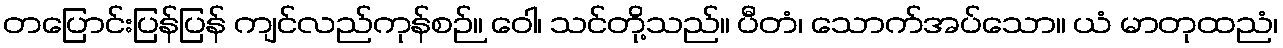
တပြောင်းပြန်ပြန် ကျင်လည်ကုန်စဉ်။ ဝေါ၊ သင်တို့သည်။ ပီတံ၊ သောက်အပ်သော။ ယံ မာတုထညံ၊